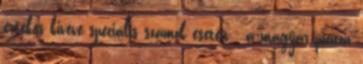
értékes kivéve speciális számok esetén - a magyar piacon